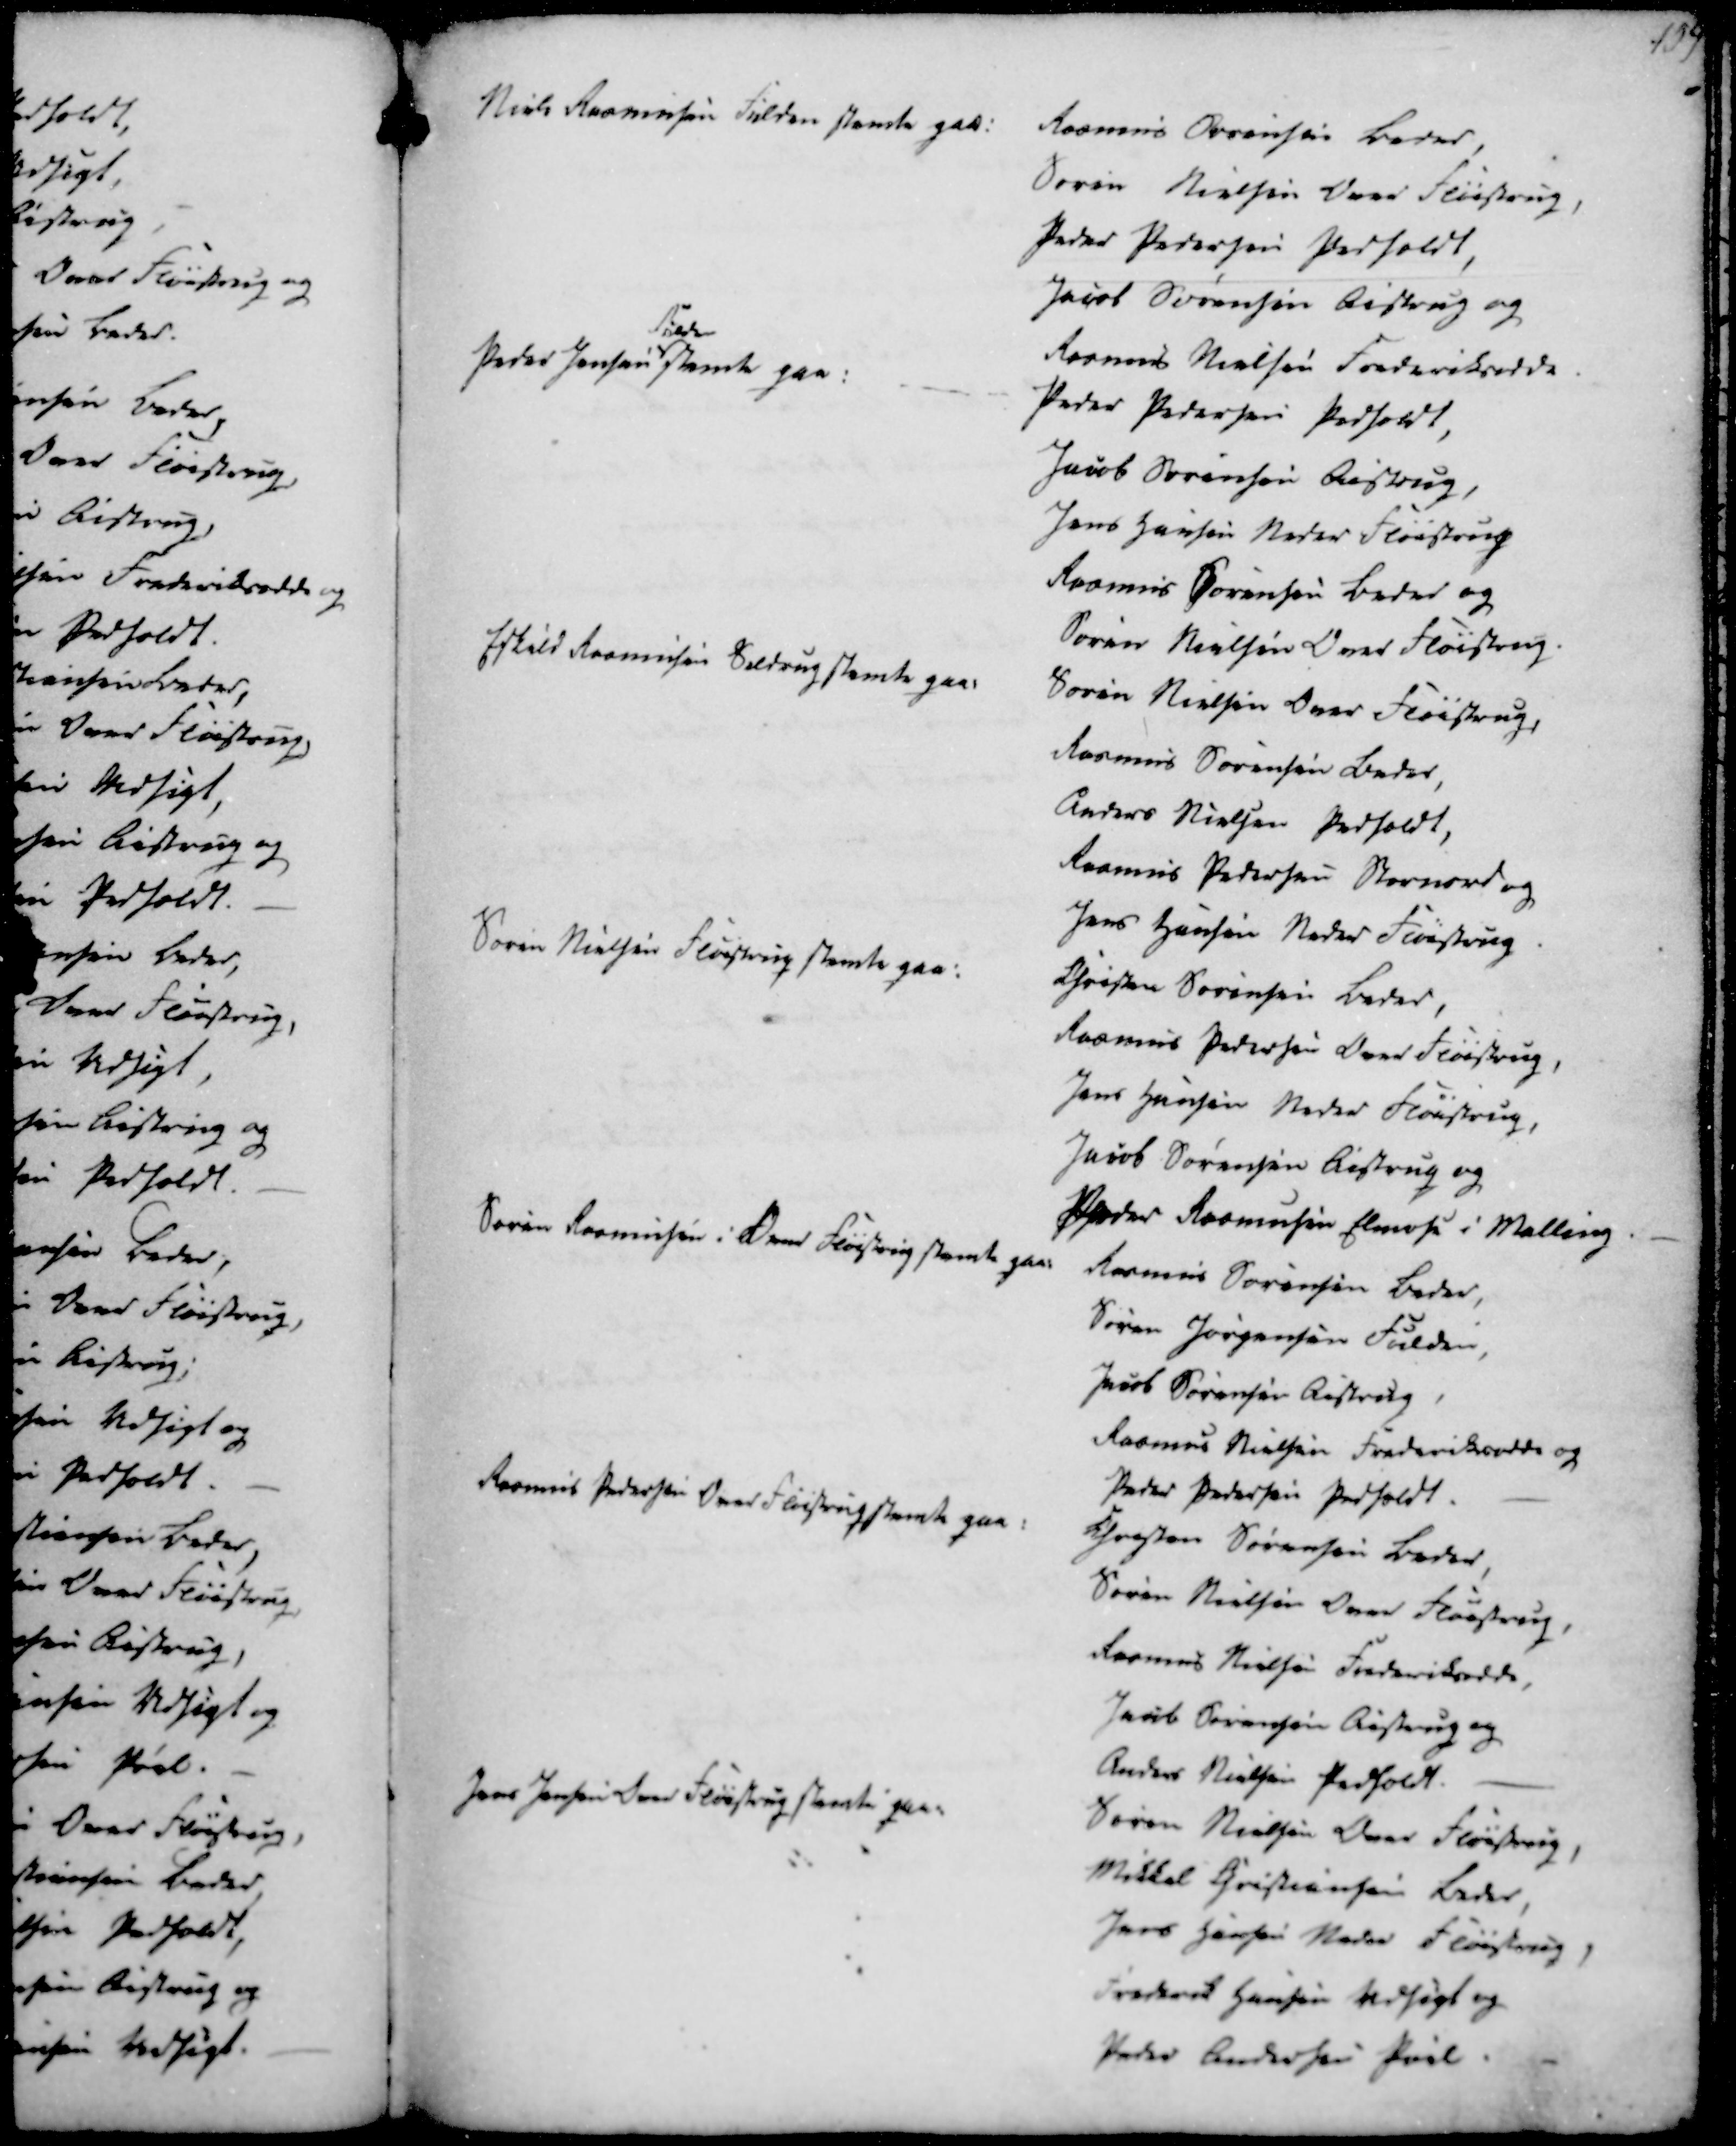
Transskription:
Niels Rasmussen Fulden stemte paa

Rasmus Sørensen Beder,
Søren Nielsen Over Fløistrup
Peder Pedersen Pedholdt,
Jacob Sørensen Aistrup og
Rasmus Nielsen Frederiksodde

Peder Jensen
Fulden
stemte paa

Peder Pedersen Pedholdt,
Jacob Sørensen Aistrup
Jens Hansen Neder Fløistrup
Rasmus Sørensen Beder og
Søren Nielsen Over Fløistrup

Eskild Rasmussen Seltrup stemte paa:

Søren Nielsen Over Fløistrup
Rasmus Sørensen Beder,
Anders Nielsen Pedholdt,
Rasmus Pedersen Stornord og
Jens Hansen Neder Fløistrup

Søren Nielsen Fløistrup stemte paa:

Christen Sørensen Beder
Rasmus Pedersen Over Fløistrup
Jens Hansen Neder Fløistrup
Jacob Sørensen Aistrup og
Peder Rasmussen Elmose i Malling

Søren Rasmussen i Over Fløistrup stemte paa

Rasmus Sørensen Beder,
Søren Jørgensen Fulden,
Jacob Sørensen Aistrup
Rasmus Nielsen Frederiksodde og
Peder Pedersen Pedholdt.

Rasmus Pedersen Over Fløistrup stemte paa

Chresten Sørensen Beder,
Søren Nielsen Over Fløistrup
Rasmus Nielsen Frederiksodde
Jacob Sørensen Aistrup og
Anders Nielsen Pedholdt.

Jens Jensen Over Fløistrup stemte paa:

Søren Nielsen Over Fløistrup,
Mikkel Christiansen Beder,
Jens Hansen Neder Fløistrup,
Frederik Hansen Vedsigt og
Peder Andersen Pøel